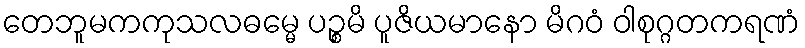
တေဘူမကကုသလဓမ္မေ ပဉ္စမိ ပူဇိယမာနော မိဂဝံ ဝါစုဂ္ဂတကရဏံ